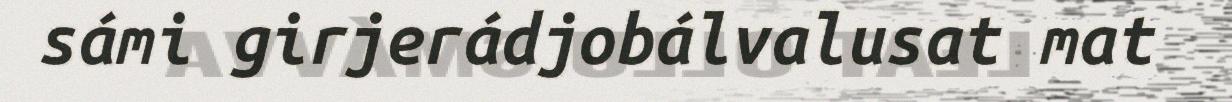
sámi girjerádjobálvalusat mat